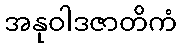
အနုဝါဒဇာတိကံ